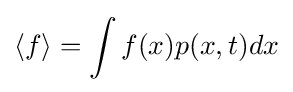
\left\langle f\right\rangle =\int f(x)p(x,t)dx